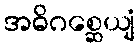
အဓိဂစ္ဆေယျံ